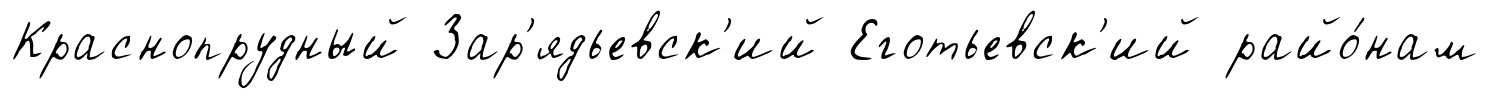
Краснопрудный Зар'ядьевск'ий Еготьевск'ий райо́нам